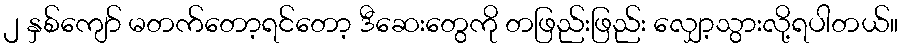
၂ နှစ်ကျော် မတက်တော့ရင်တော့ ဒီဆေးတွေကို တဖြည်းဖြည်း လျှော့သွားလို့ရပါတယ်။